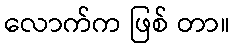
လောက်က ဖြစ် တာ။